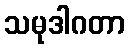
သမုဒါဂတာ